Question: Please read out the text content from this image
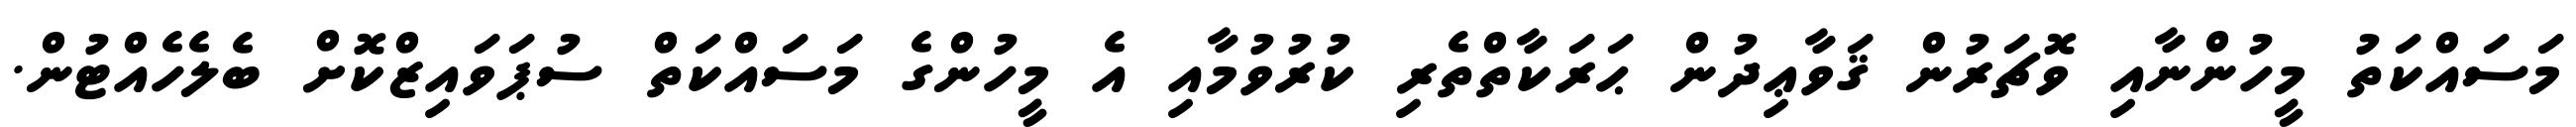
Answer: މަސައްކަތު މީހުންނާއި ވޮޗަރުން ޤަވާޢިދުން ޙަރަކާތްތެރި ކުރުވުމާއި އެ މީހުންގެ މަސައްކަތް ސުޕަވައިޒްކޮށް ބެލެހެއްޓުން.